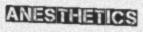
ANESTHETICS